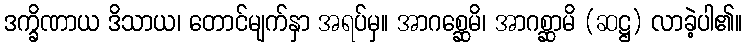
ဒက္ခိဏာယ ဒိသာယ၊ တောင်မျက်နှာ အရပ်မှ။ အာဂစ္ဆေမိ၊ အာဂစ္ဆာမိ (ဆဋ္ဌ) လာခဲ့ပါ၏။